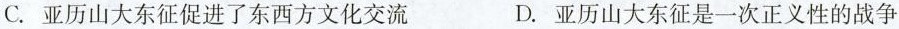
C.亚历山大东征促进了东西方文化交流 D.亚历山大东征是一次正义性的战争